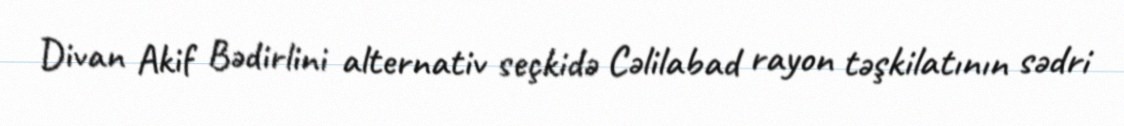
Divan Akif Bədirlini alternativ seçkidə Cəlilabad rayon təşkilatının sədri